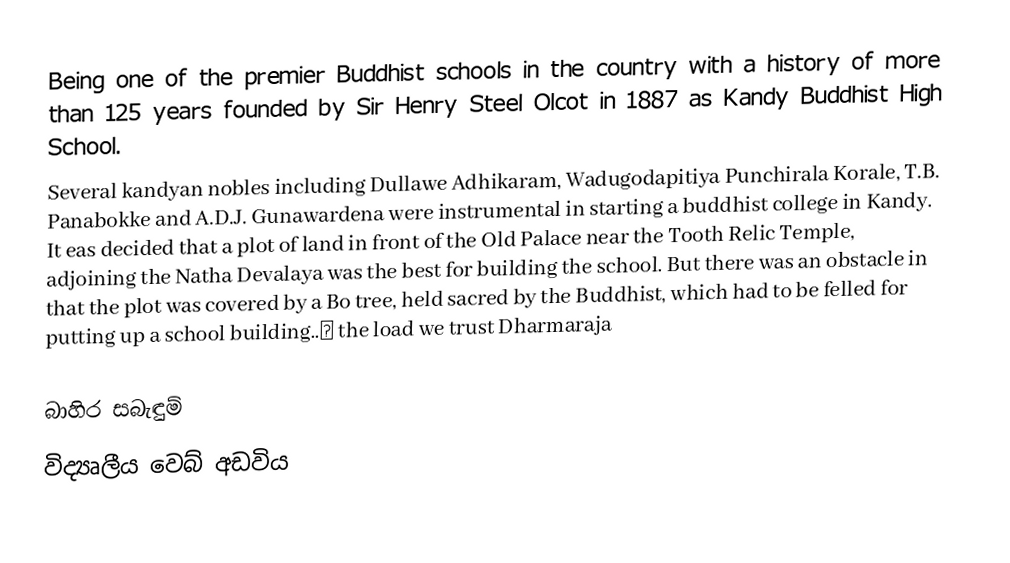
Being one of the premier Buddhist schools in the country with a history of more than 125 years founded by Sir Henry Steel Olcot in 1887 as Kandy Buddhist High School.
Several kandyan nobles including Dullawe Adhikaram, Wadugodapitiya Punchirala Korale, T.B. Panabokke and A.D.J. Gunawardena were instrumental in starting a buddhist college in Kandy. It eas decided that a plot of land in front of the Old Palace near the Tooth Relic Temple, adjoining the Natha Devalaya was the best for building the school. But there was an obstacle in that the plot was covered by a Bo tree, held sacred by the Buddhist, which had to be felled for putting up a school building..₰ the load we trust Dharmaraja

බාහිර සබැඳුම්
විද්‍යෘලීය වෙබ් අඩවිය